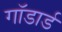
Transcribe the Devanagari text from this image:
गॉडार्ड